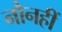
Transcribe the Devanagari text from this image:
नौनहीं